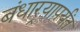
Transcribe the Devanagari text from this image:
बंधार्‍यापर्यंत